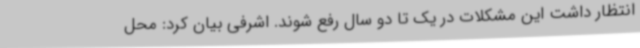
انتظار داشت این مشکلات در یک تا دو سال رفع شوند. اشرفی بیان کرد: محل